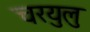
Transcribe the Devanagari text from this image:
चरयुलु